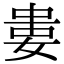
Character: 𡝤